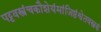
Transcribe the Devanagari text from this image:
पट्टवस्त्रंचकौशेयंमांजिष्ठंश्वेतवस्त्रकं